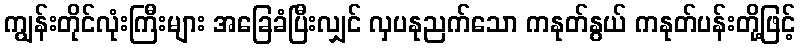
ကျွန်းတိုင်လုံးကြီးများ အခြေခံပြီးလျှင် လှပနုညက်သော ကနုတ်နွယ် ကနုတ်ပန်းတို့ဖြင့်